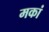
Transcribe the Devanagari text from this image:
मकां